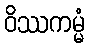
ဝိဿကမ္မံ